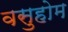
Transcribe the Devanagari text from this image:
वसुहोम